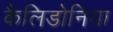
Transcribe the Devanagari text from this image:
कैलिडोनिया